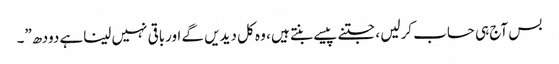
بس آج ہی حساب کرلیں ، جتنے پیسے بنتے ہیں ، وہ کل دیدیں گے اورباقی نہیں لیناہے دودھ”۔